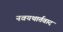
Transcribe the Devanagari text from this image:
नवयथार्तवाद